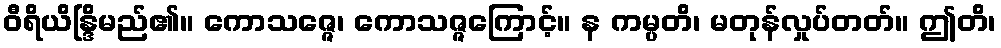
ဝီရိယိန္ဒြိမည်၏။ ကောသဇ္ဇေ၊ ကောသဇ္ဇကြောင့်။ န ကမ္ပတိ၊ မတုန်လှုပ်တတ်။ ဤတိ၊